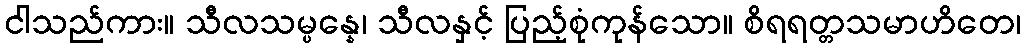
ငါသည်ကား။ သီလသမ္ပန္နေ၊ သီလနှင့် ပြည့်စုံကုန်သော။ စိရရတ္တသမာဟိတေ၊